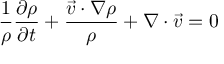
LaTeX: { \frac { 1 } { \rho } } { \frac { \partial \rho } { \partial t } } + { \frac { { \vec { v } } \cdot \nabla \rho } { \rho } } + \nabla \cdot { \vec { v } } = 0